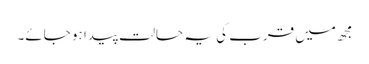
مجھ میں قرب کی یہ حالت پیدا ہو جائے۔